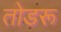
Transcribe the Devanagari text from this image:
तोडरू